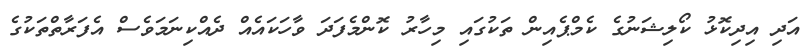
އަދި އިދިކޮޅު ކޯލިޝަނުގެ ކެމްޕެއިން ތަކުގައި މިހާރު ކޮންމެފަދަ ވާހަކައެއް ދެއްކިނަމަވެސް އެފަރާތްތަކުގެ